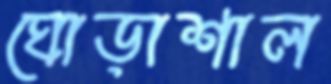
ঘোড়াশাল